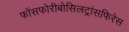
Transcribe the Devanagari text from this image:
फॉसफोरीबोसिलट्रांसफिरेस